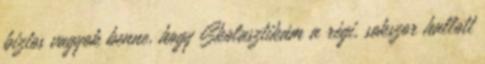
biztos vagyok benne, hogy Skolasztikám a régi, sokszor hallott